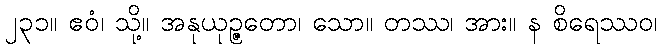
၂၃၁။ ဧဝံ၊ သို့။ အနုယုဉ္ဇတော၊ သော။ တဿ၊ အား။ န စိရေဿဝ၊